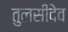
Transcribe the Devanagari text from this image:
तुलसीदेव